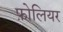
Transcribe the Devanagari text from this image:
फ़ोलियर